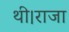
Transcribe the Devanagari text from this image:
थी।राजा